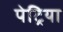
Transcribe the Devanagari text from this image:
पेट्रिया